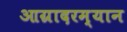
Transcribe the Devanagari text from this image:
आग्रादरम्यान